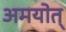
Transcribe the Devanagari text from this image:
अमयोत्